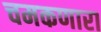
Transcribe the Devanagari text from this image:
चमकणारा